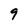
Character: 9